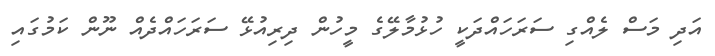
އަދި މަސް ލެއްގި ސަރަހައްދަކީ ހުޅުމާލޭގެ މީހުން ދިރިއުޅޭ ސަރަހައްދެއް ނޫން ކަމުގައި